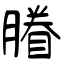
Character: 膡